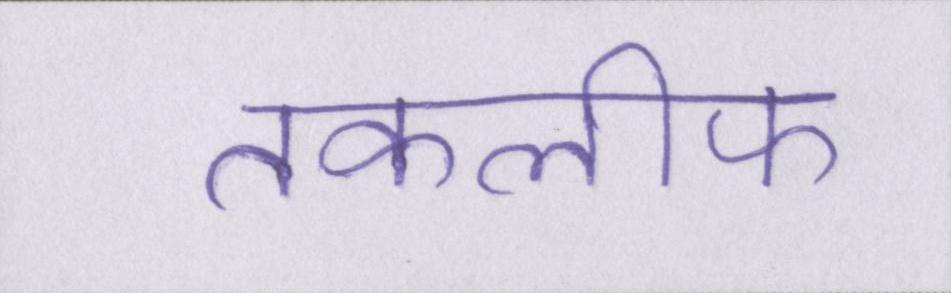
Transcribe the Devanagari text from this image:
तकलीफ